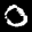
Label: 0